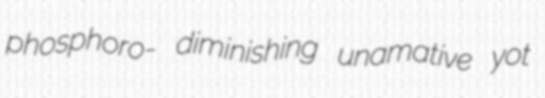
phosphoro- diminishing unamative yot